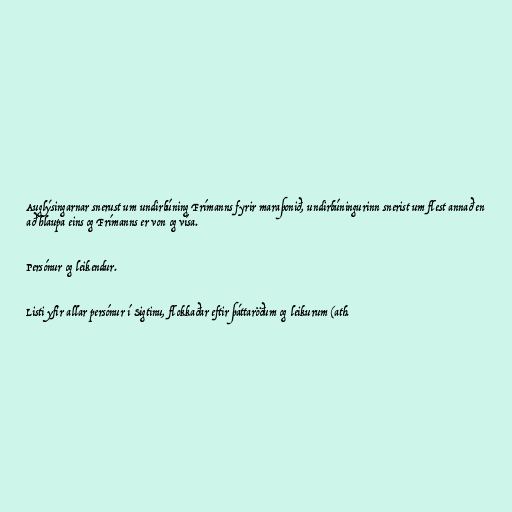
Auglýsingarnar snerust um undirbúning Frímanns fyrir maraþonið, undirbúningurinn snerist um flest annað en
að hlaupa eins og Frímanns er von og vísa.

Persónur og leikendur.

Listi yfir allar persónur í Sigtinu, flokkaðar eftir þáttaröðum og leikurum (ath.